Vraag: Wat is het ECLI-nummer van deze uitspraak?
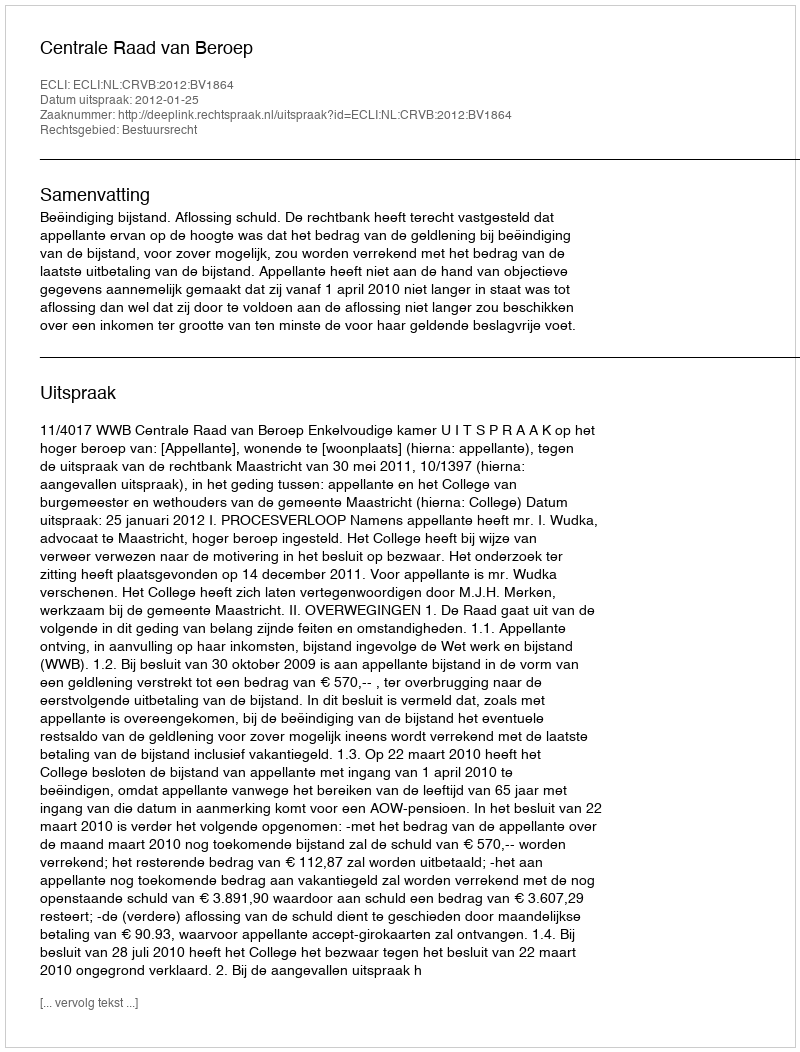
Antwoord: ECLI:NL:CRVB:2012:BV1864